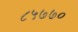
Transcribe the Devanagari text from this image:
८५७७०